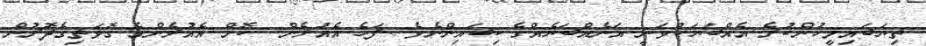
ތިޔަބައިމީހުންކުރެ އެއްބަޔަކުވަނީ އަނެއްބަޔެއްގެ ކިބައިންނެވެ. ފަހެ އެއުރެން  ކޮށް އެއުރެންގެ ގޮވަތިގެދޮރުން